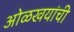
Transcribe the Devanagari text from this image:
ओळखयांची